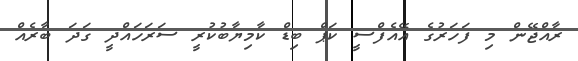
ރާއްޖޭން މި ފަަހަރުގެ އޭއެފްސީ ކަޕް ބިޑް ކާމިޔާބުކުރީ ސަރަހައްދީ ގަދަ ބާރެއް